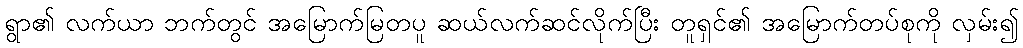
ရွာ၏ လက်ယာ ဘက်တွင် အမြောက်မြတပူ ဆယ်လက်ဆင်လိုက်ပြီး တူရှင်၏ အမြောက်တပ်စုကို လှမ်း၍